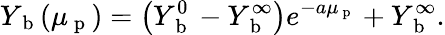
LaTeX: Y_{\mathrm{~b~}}(\mu_{\mathrm{~p~}})=\left(Y_{\mathrm{~b~}}^{0}-Y_{\mathrm{~b~}}^{\infty}\right)e^{-a\mu_{\mathrm{~p~}}}+Y_{\mathrm{~b~}}^{\infty}.